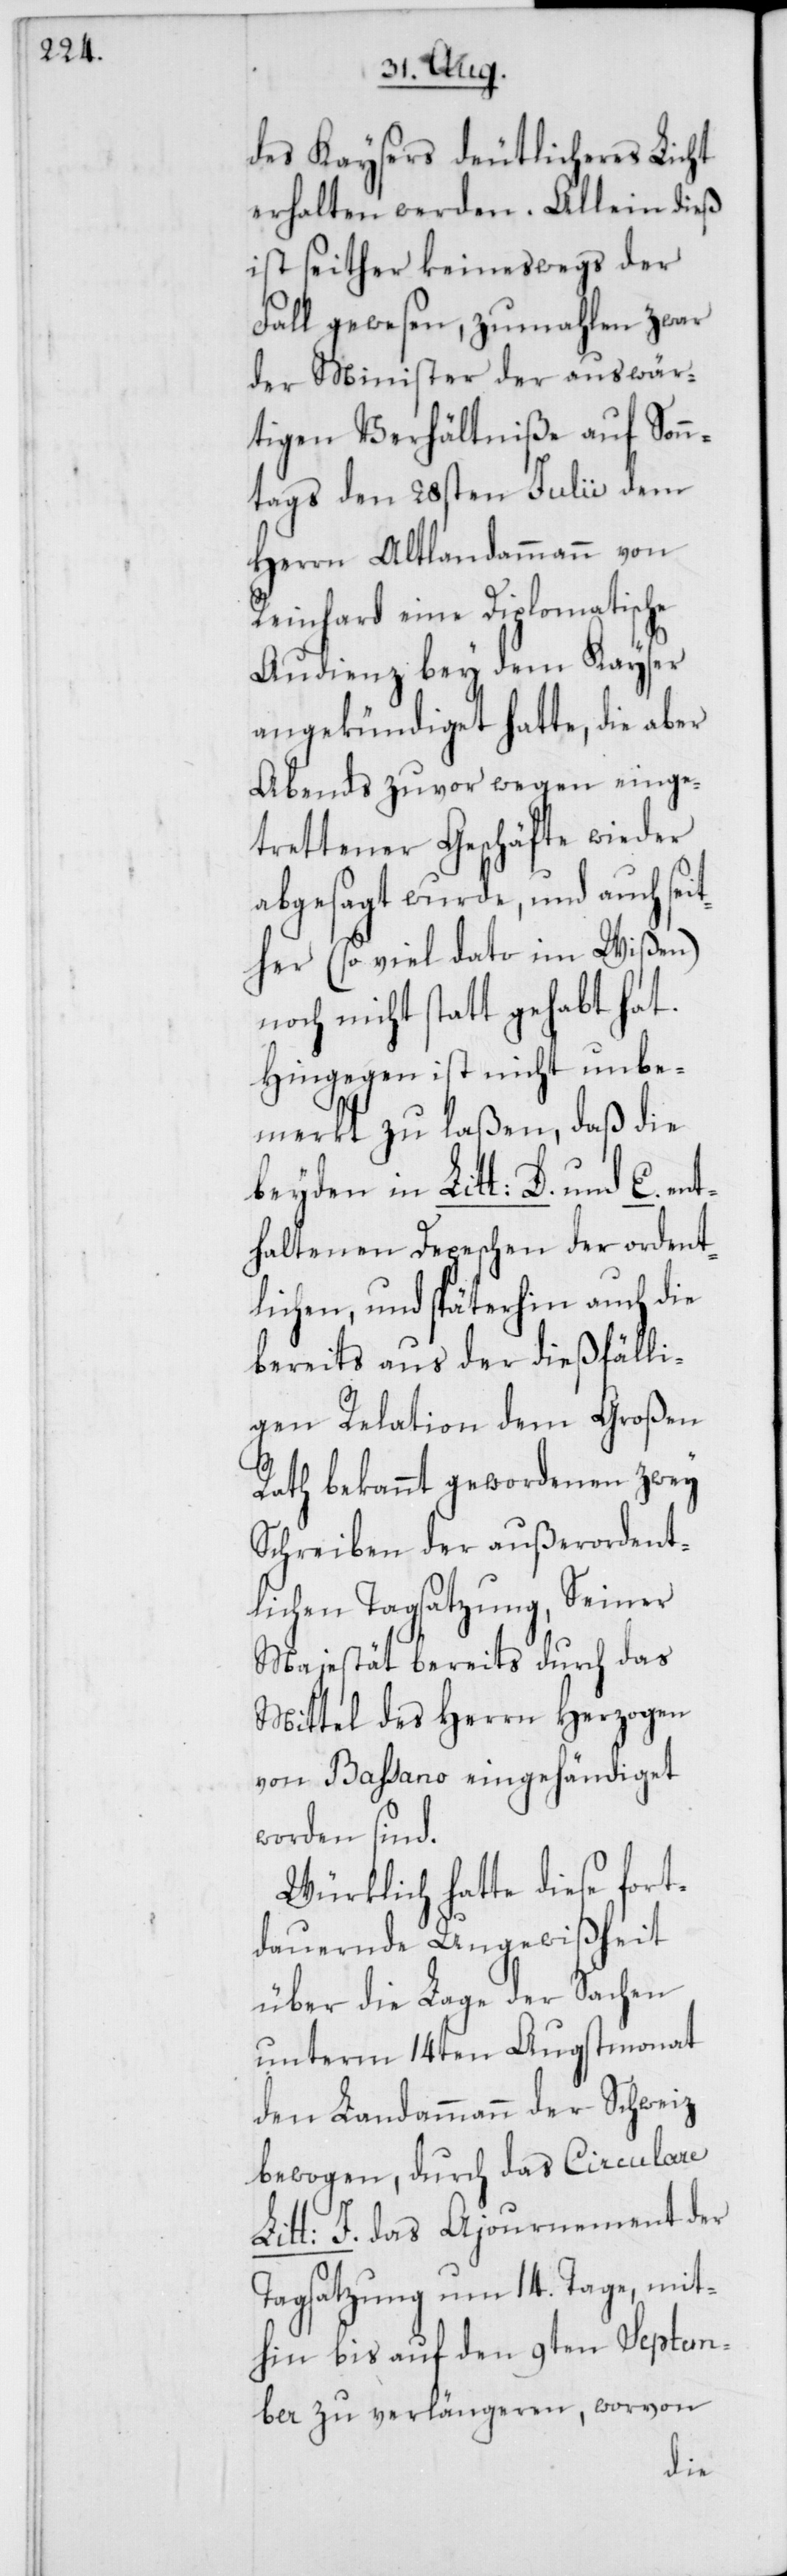
des Kaysers deutlicheres Licht
erhalten werden. Allein dieß
ist seither keineswegs der
Fall gewesen, zumahlen zwar
der Minister der auswär¬
tigen Verhältniße auf Sonn¬
tags den 28sten Julii dem
Herrn Altlandammann von
Reinhard eine Diplomatische
Audienz bey dem Kayser
angekündiget hatte, die aber
Abends zuvor wegen einge¬
trettener Geschäfte wieder
abgesagt wurde, und auch sei¬
ther (so viel dato im Wißen)
noch nicht statt gehabt hat.
Hingegen ist nicht unbe¬
merkt zu laßen, daß die
beyden in Litt: D. und E. ent¬
haltenen Depeschen der ordent¬
lichen, und späterhin auch die
bereits aus der dießfälli¬
gen Relation dem Großen
Rath bekannt gewordenen zwey
Schreiben der außerordent¬
lichen Tagsatzung, Seiner
Majestät bereits durch das
Mittel des Herrn Herzogen
von Baßano eingehändiget
worden sind.
Würklich hatte diese fort¬
dauernde Ungewißheit
über die Lage der Sachen
unterm 14ten Augstmonat
den Landammann der Schweiz
bewogen, durch das Circulare
Litt: J. das Ajournement der
Tagsatzung um 14. Tage, mit¬
hin bis auf den 9ten Septem¬
ber zu verlängeren, worvon